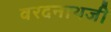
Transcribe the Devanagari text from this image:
वरदनाथजी